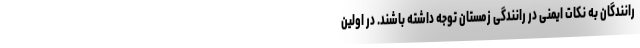
رانندگان به نکات ایمنی در رانندگی زمستان توجه داشته باشند. در اولین